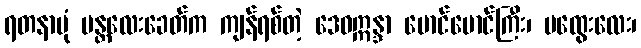
ရတနာပုံ မန္တလေးခေတ်က ကျန်ရစ်တဲ့ ဒေဝဣန္ဒာ မောင်မောင်ကြီး၊ မထွေးလေး၊